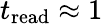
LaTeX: t_{\mathrm{read}}\approx 1